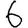
Digit: 6